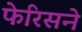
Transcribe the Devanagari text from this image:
फेरिसने